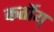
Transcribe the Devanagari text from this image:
कर्तोय्